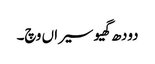
دودھ گھیو سیراں وچ۔